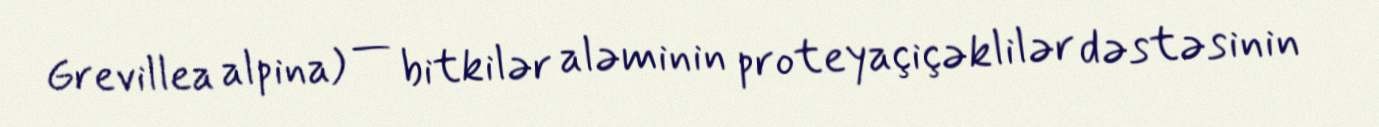
Grevillea alpina) — bitkilər aləminin proteyaçiçəklilər dəstəsinin